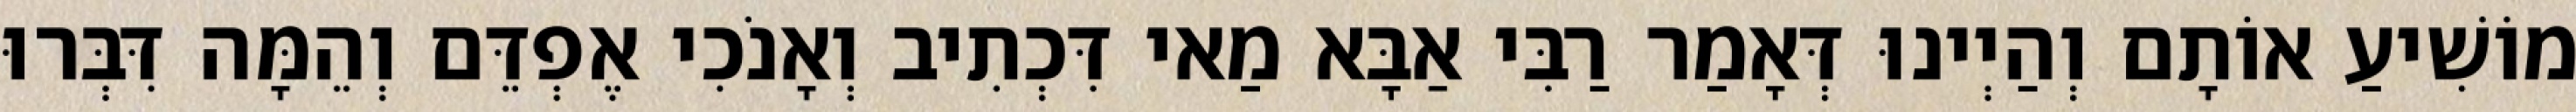
מוֹשִׁיעַ אוֹתָם וְהַיְינוּ דְּאָמַר רַבִּי אַבָּא מַאי דִּכְתִיב וְאָנֹכִי אֶפְדֵּם וְהֵמָּה דִּבְּרוּ